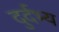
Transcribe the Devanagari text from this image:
दुर्दभ्य